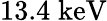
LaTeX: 13.4\; \mathrm{keV}